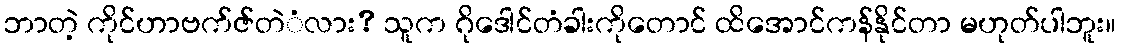
ဘာတဲ့ ကိုင်ဟာဗက်ဇ်တဲံလား? သူက ဂိုဒေါင်တံခါးကိုတောင် ထိအောင်ကန်နိုင်တာ မဟုတ်ပါဘူး။